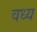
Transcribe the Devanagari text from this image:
वध्य